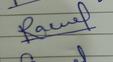
Signature authenticity: genuine